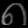
Digit: ၈